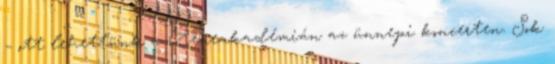
– ott lehettünk a Zeneakadémián az ünnepi koncerten. Sok